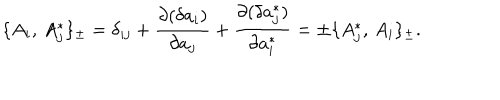
\{ A _ { i } , \, A _ { j } ^ { * } \} _ { \pm } = \delta _ { i j } + { \frac { \partial ( \delta a _ { i } ) } { \partial a _ { j } } } + { \frac { \partial ( \delta a _ { j } ^ { * } ) } { \partial a _ { i } ^ { * } } } = \pm \{ A _ { j } ^ { * } , \, A _ { i } \} _ { \pm } .